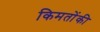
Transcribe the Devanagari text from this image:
किमतोंकी